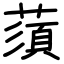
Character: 蕦